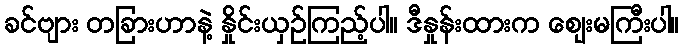
ခင်ဗျား တခြားဟာနဲ့ နှိုင်းယှဉ်ကြည့်ပါ။ ဒီနှုန်းထားက ဈေးမကြီးပါ။